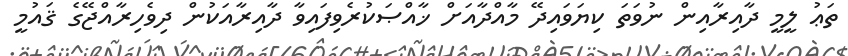
ތަޢު ލީމީ ދާއިރާއިން ނުވަތަ ކިޔަވައިދޭ މާއްދާއަށް ޚާއްޞަކުރެވިފައިވާ ދާއިރާއަކުން ދިވެހިރާއްޖޭގެ ޤައުމީ